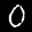
Label: 0